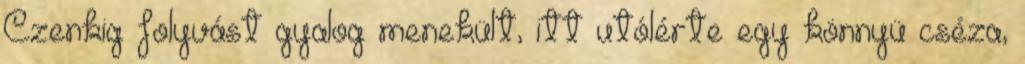
Czenkig folyvást gyalog menekült, itt utólérte egy könnyü cséza,